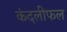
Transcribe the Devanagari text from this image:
कंदलीफल